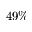
4 9 \%